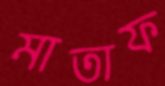
মাতাফ